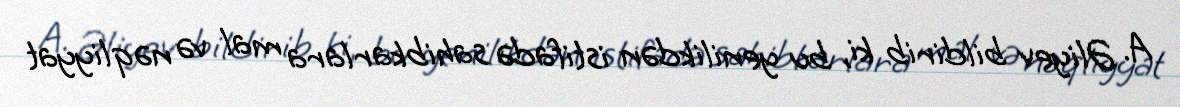
A. Əliyev bildirib ki, bu yenilikdən istifadə sahibkarlara mal və nəqliyyat